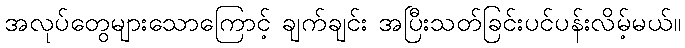
အလုပ်တွေများသောကြောင့် ချက်ချင်း အပြီးသတ်ခြင်းပင်ပန်းလိမ့်မယ်။